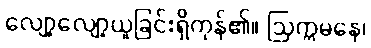
လျော့လျော့ယူခြင်းရှိကုန်၏။ ဩက္ကမနေ၊